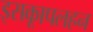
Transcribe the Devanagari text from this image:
इसकाूपलहन